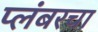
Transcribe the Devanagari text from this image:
प्लंबरचा